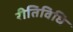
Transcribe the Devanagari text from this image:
रीतिविधि